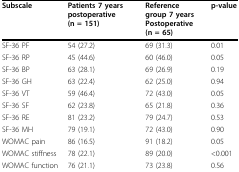
<table><thead><tr><td><b>Subscale</b></td><td><b>Patients 7 years postoperative (n = 151)</b></td><td><b>Reference group 7 years Postoperative (n = 65)</b></td><td><b>p-value</b></td></tr></thead><tbody><tr><td>SF-36 PF</td><td>54 (27.2)</td><td>69 (31.3)</td><td>0.01</td></tr><tr><td>SF-36 RP</td><td>45 (44.6)</td><td>60 (46.0)</td><td>0.05</td></tr><tr><td>SF-36 BP</td><td>63 (28.1)</td><td>69 (26.9)</td><td>0.19</td></tr><tr><td>SF-36 GH</td><td>63 (22.4)</td><td>62 (25.0)</td><td>0.94</td></tr><tr><td>SF-36 VT</td><td>59 (46.4)</td><td>72 (43.0)</td><td>0.05</td></tr><tr><td>SF-36 SF</td><td>62 (23.8)</td><td>65 (21.8)</td><td>0.36</td></tr><tr><td>SF-36 RE</td><td>81 (23.2)</td><td>79 (24.7)</td><td>0.53</td></tr><tr><td>SF-36 MH</td><td>79 (19.1)</td><td>72 (43.0)</td><td>0.90</td></tr><tr><td>WOMAC pain</td><td>86 (16.5)</td><td>91 (18.2)</td><td>0.05</td></tr><tr><td>WOMAC stiffness</td><td>78 (22.1)</td><td>89 (20.0)</td><td>&lt;0.001</td></tr><tr><td>WOMAC function</td><td>76 (21.1)</td><td>73 (23.8)</td><td>0.56</td></tr></tbody></table>